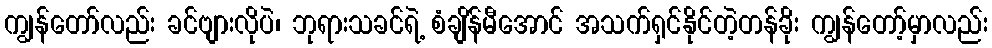
ကျွန်တော်လည်း ခင်ဗျားလိုပဲ၊ ဘုရားသခင်ရဲ့ စံချိန်မီအောင် အသက်ရှင်နိုင်တဲ့တန်ခိုး ကျွန်တော့်မှာလည်း